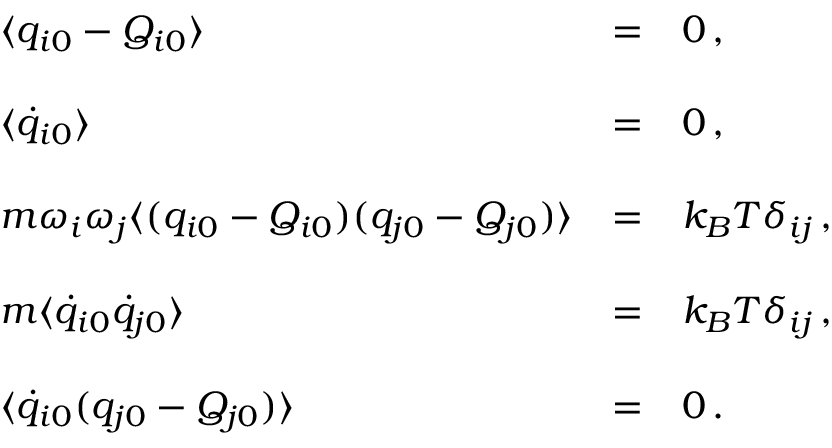
\begin{array} { l l l } { { \langle q _ { i 0 } - Q _ { i 0 } \rangle } } & { { = } } & { { 0 \, , } } \\ { { } } & { { } } & { { } } \\ { { \langle \dot { q } _ { i 0 } \rangle } } & { { = } } & { { 0 \, , } } \\ { { } } & { { } } & { { } } \\ { { m \omega _ { i } \omega _ { j } \langle ( q _ { i 0 } - Q _ { i 0 } ) ( q _ { j 0 } - Q _ { j 0 } ) \rangle } } & { { = } } & { { k _ { B } T \delta _ { i j } \, , } } \\ { { } } & { { } } & { { } } \\ { { m \langle \dot { q } _ { i 0 } \dot { q } _ { j 0 } \rangle } } & { { = } } & { { k _ { B } T \delta _ { i j } \, , } } \\ { { } } & { { } } & { { } } \\ { { \langle \dot { q } _ { i 0 } ( q _ { j 0 } - Q _ { j 0 } ) \rangle } } & { { = } } & { { 0 \, . } } \end{array}